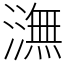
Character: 㶃